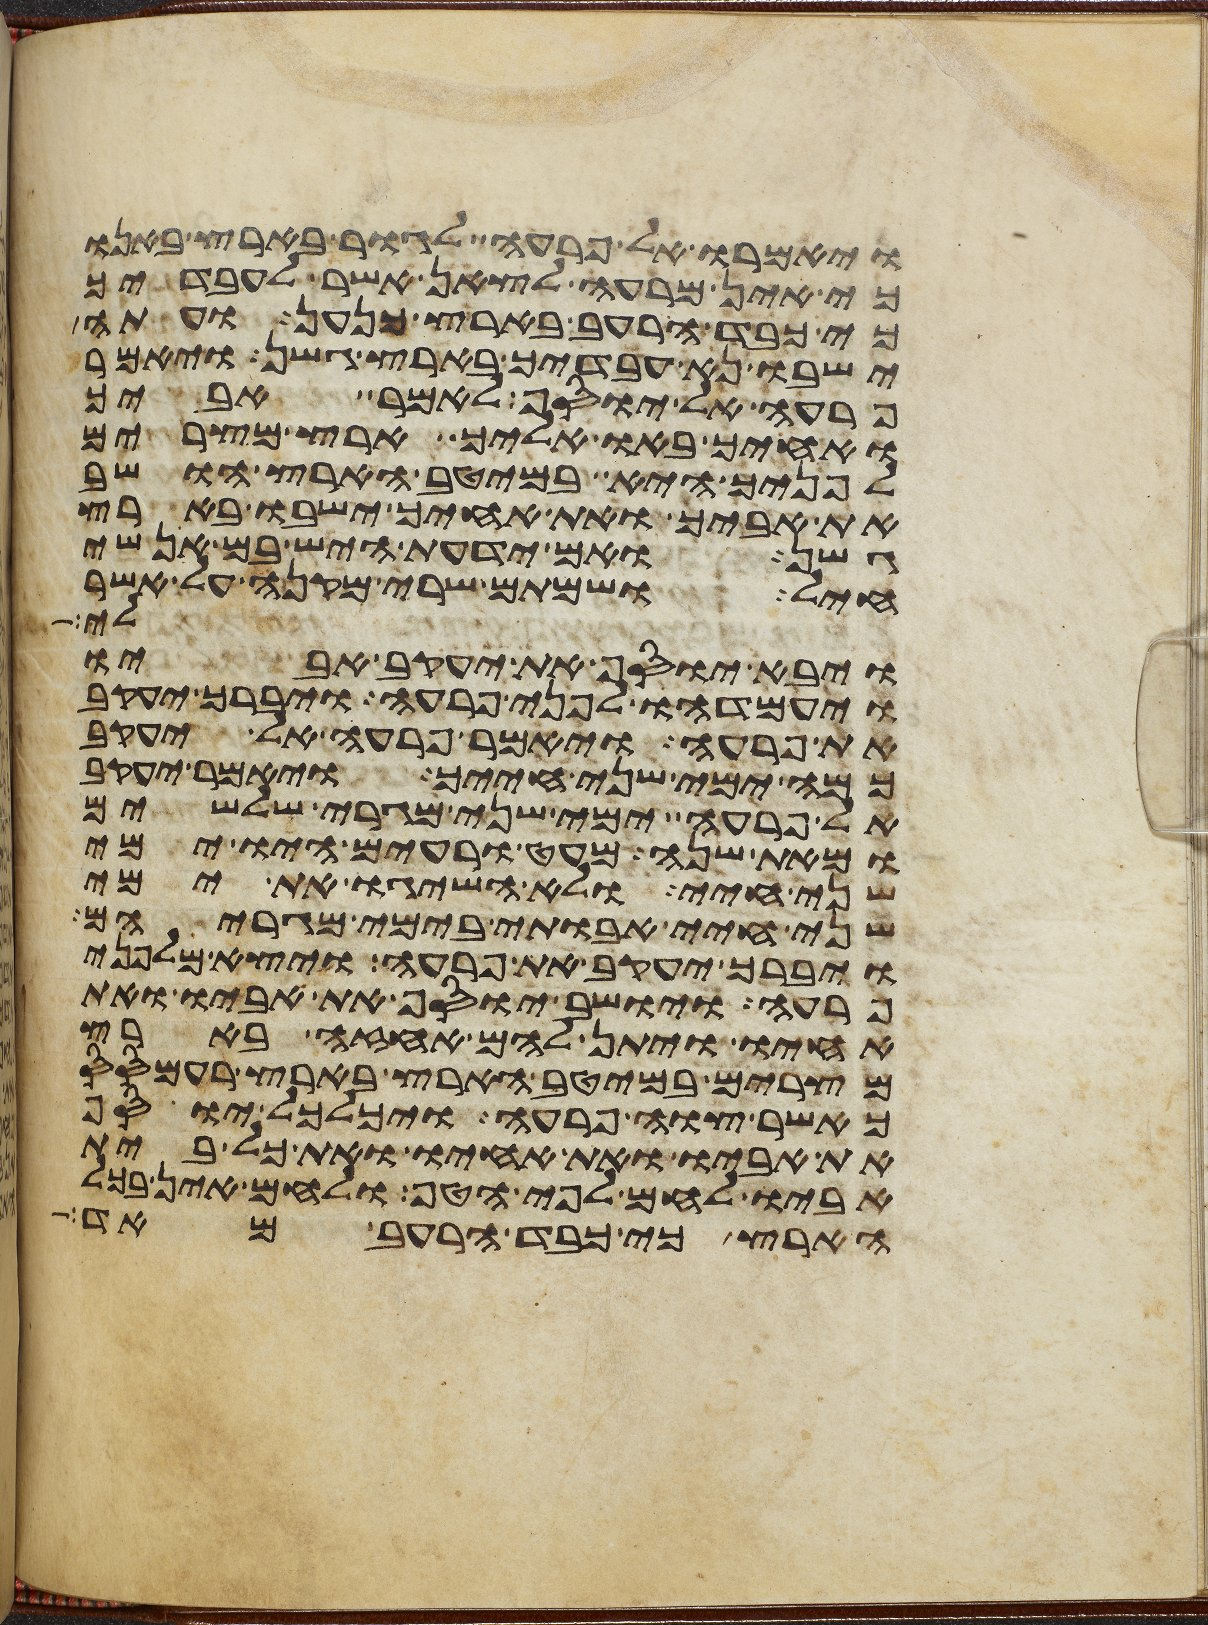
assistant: ויאמרו אל פרעה לגור בארץ באנו
כי אין מרעה לצאן אשר לעבדיך
כי כבד הרעב בארץ כנען ועתה
ישבו נא עבדיך בארץ גשן ויאמר
פרעה אל יוסף לאמר אביך
ואחיך באו אליך ארץ מצרים
לפניך היא במיטב הארץ הושב
את אביך ואת אחיך ישבו בארץ
גשן ואם ידעת היש בם אנשי
חיל ושמתם שרי מקנה על אשר
לי
ויבא יוסף את יעקב אביו
ויעמדהו לפני פרעה ויברך יעקב
את פרעה ויאמר פרעה אל יעקב
כמה ימי שני חייך ויאמר יעקב
אל פרעה ימי שני מגרי שלשים
ומאת שנה מעט ורעים היו ימי
שני חיי ולא השיגו את ימי
שני חיי אבותי בימי מגריהם
ויברך יעקב את פרעה ויצא מלפני
פרעה ויושב יוסף את אביו ואת
אחיו ויתן להם אחזה בארץ
מצרים במיטב הארץ בארץ רעמסס
כאשר צוה פרעה ויכלכל יוסף
את אביו ואת אחיו ואת כל בית
אביו לחם לפי הטף ולחם אין בכל
הארץ כי כבד הרעב מאד